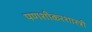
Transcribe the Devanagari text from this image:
पणशीकरशास्त्री